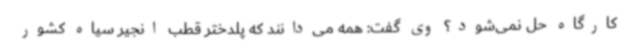
کارگاه حل نمی‌شود؟ وی گفت: همه می‌دانند که پلدختر قطب انجیر سیاه کشور